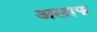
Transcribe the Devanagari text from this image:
अलाफ